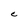
Character: C